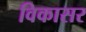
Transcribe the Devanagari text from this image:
विकासर